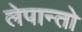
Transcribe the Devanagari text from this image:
लेपान्तो